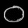
Digit: ၀